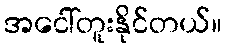
အငေါ်တူးနိုင်တယ်။